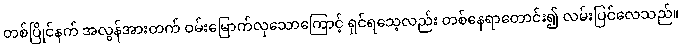
တစ်ပြိုင်နက် အလွန်အားတက် ဝမ်းမြောက်လှသောကြောင့် ရှင်ရသေ့လည်း တစ်နေရာတောင်း၍ လမ်းပြင်လေသည်။